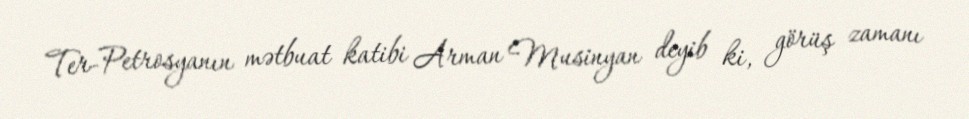
Ter-Petrosyanın mətbuat katibi Arman Musinyan deyib ki, görüş zamanı